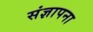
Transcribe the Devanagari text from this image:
संज्ञापना